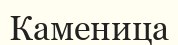
Каменица